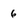
Character: 6